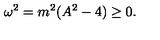
\omega ^ { 2 } = m ^ { 2 } ( A ^ { 2 } - 4 ) \geq 0 .